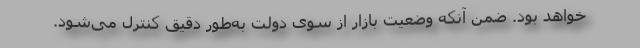
خواهد بود. ضمن آنکه وضعیت بازار از سوی دولت به‌طور دقیق کنترل می‌شود.